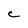
Character: e